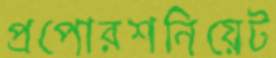
প্রপোরশনিয়েট